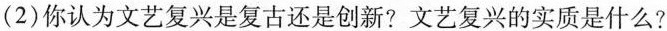
(2)你认为文艺复兴是复古还是创新?文艺复兴的实质是什么?